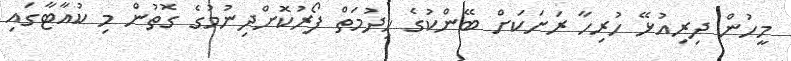
މީހުން ދިރިއުޅޭ ހުރިހާ ރަށަކަށް ބޭންކުގެ ހިދުމަތް ފޯރުކޮށްދިނުމުގެ ގޮތުން މި ކުއާޓާގައި